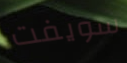
سويفت